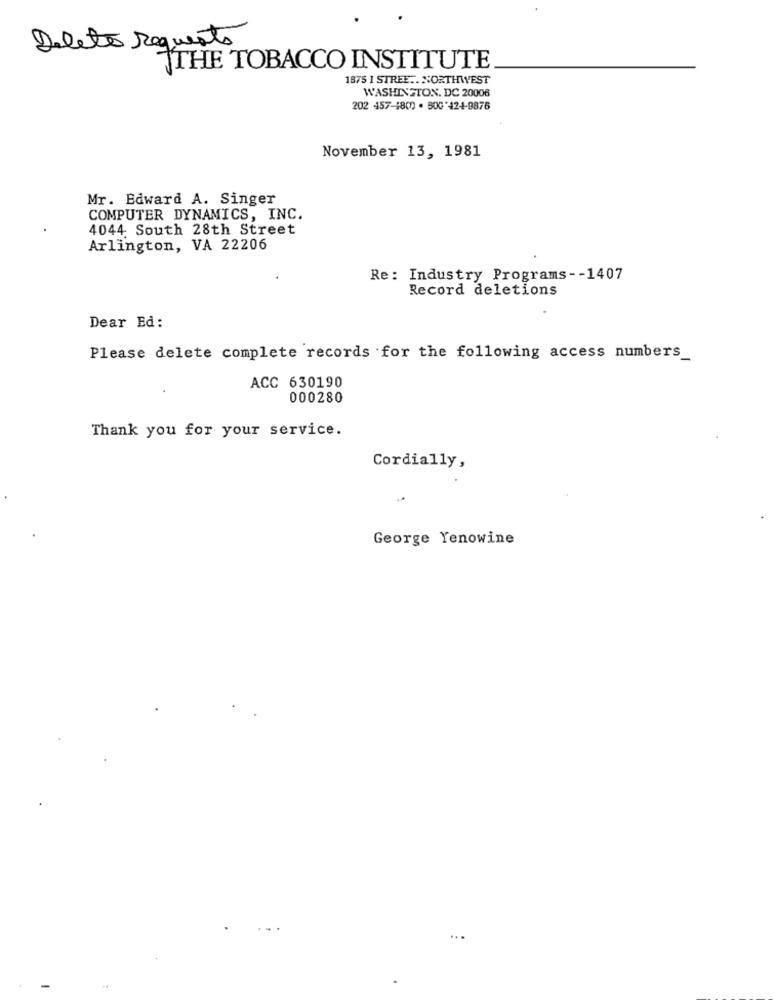
Delete Requests
THE TOBACCO INSTITUTE
1875 1 STREE .. NORTHWEST
WASHINGTON, DC 20006
202 457-1800 . 500'424-9876
November 13, 1981
Mr. Edward A. Singer
COMPUTER DYNAMICS, INC.
4044 South 28th Street
Arlington, VA 22206
Re: Industry Programs -- 1407
Record deletions
Dear Ed:
Please delete complete records for the following access numbers_
ACC 630190
000280
Thank you for your service.
Cordially,
George Yenowine
...